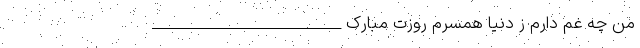
من چه غم دارم ز دنیا همسرم روزت مبارک ___________________________